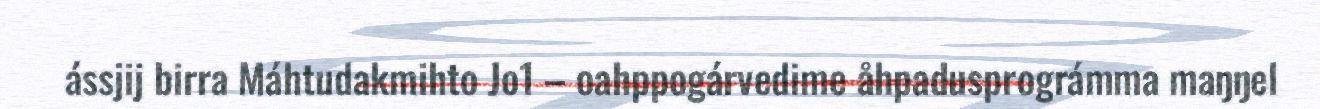
ássjij birra Máhtudakmihto Jo1 – oahppogárvedime åhpadusprográmma maŋŋel